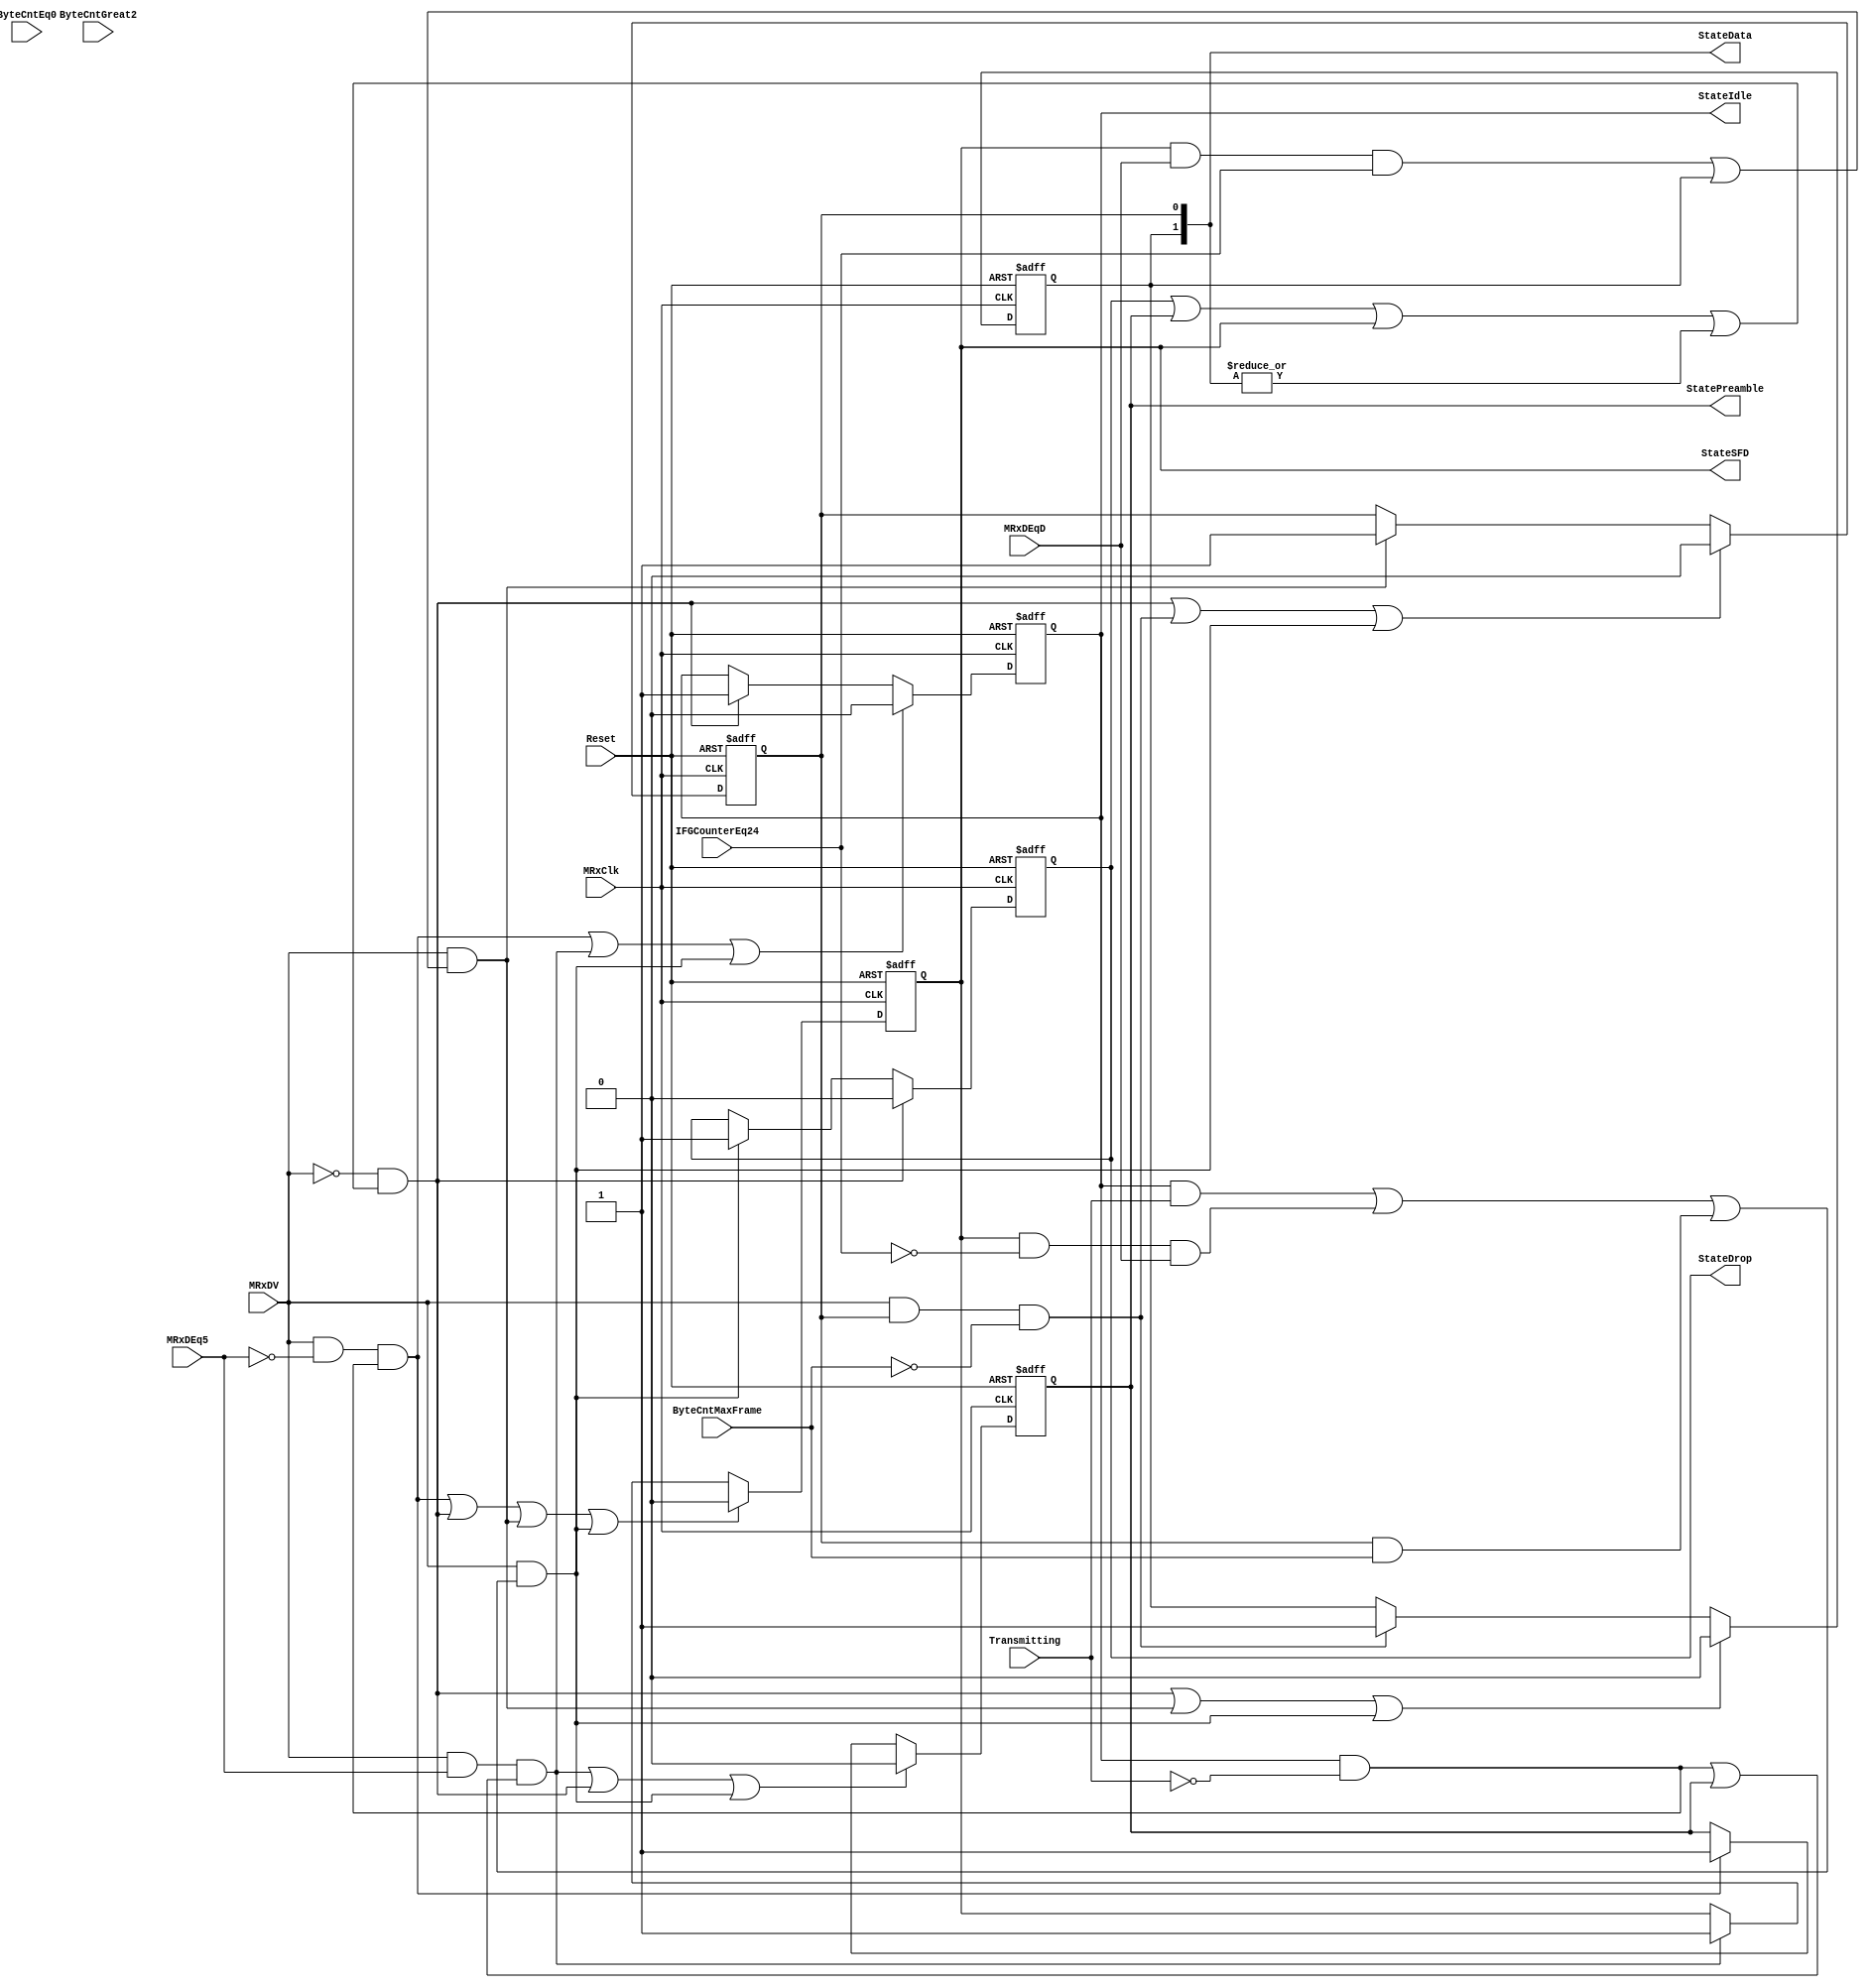
module eth_rxstatem_2 (MRxClk, Reset, MRxDV, ByteCntEq0, ByteCntGreat2, Transmitting, MRxDEq5, MRxDEqD, 
                     IFGCounterEq24, ByteCntMaxFrame, StateData, StateIdle, StatePreamble, StateSFD, 
                     StateDrop
                    );
parameter Tp = 1;
input         MRxClk;
input         Reset;
input         MRxDV;
input         ByteCntEq0;
input         ByteCntGreat2;
input         MRxDEq5;
input         Transmitting;
input         MRxDEqD;
input         IFGCounterEq24;
input         ByteCntMaxFrame;
output [1:0]  StateData;
output        StateIdle;
output        StateDrop;
output        StatePreamble;
output        StateSFD;
reg           StateData0;
reg           StateData1;
reg           StateIdle;
reg           StateDrop;
reg           StatePreamble;
reg           StateSFD;
wire          StartIdle;
wire          StartDrop;
wire          StartData0;
wire          StartData1;
wire          StartPreamble;
wire          StartSFD;
assign StartIdle = ~MRxDV & (StateDrop | StatePreamble | StateSFD | (|StateData));
assign StartPreamble = MRxDV & ~MRxDEq5 & (StateIdle & ~Transmitting);
assign StartSFD = MRxDV & MRxDEq5 & (StateIdle & ~Transmitting | StatePreamble);
assign StartData0 = MRxDV & (StateSFD & MRxDEqD & IFGCounterEq24 | StateData1);
assign StartData1 = MRxDV & StateData0 & (~ByteCntMaxFrame);
assign StartDrop = MRxDV & (StateIdle & Transmitting | StateSFD & ~IFGCounterEq24 &  
			    MRxDEqD |  StateData0 &  ByteCntMaxFrame);
always @ (posedge MRxClk or posedge Reset)
begin
  if(Reset)
    begin
      StateIdle     <=  1'b0;
      StateDrop     <=  1'b1;
      StatePreamble <=  1'b0;
      StateSFD      <=  1'b0;
      StateData0    <=  1'b0;
      StateData1    <=  1'b0;
    end
  else
    begin
      if(StartPreamble | StartSFD | StartDrop)
        StateIdle <=  1'b0;
      else
      if(StartIdle)
        StateIdle <=  1'b1;
      if(StartIdle)
        StateDrop <=  1'b0;
      else
      if(StartDrop)
        StateDrop <=  1'b1;
      if(StartSFD | StartIdle | StartDrop)
        StatePreamble <=  1'b0;
      else
      if(StartPreamble)
        StatePreamble <=  1'b1;
      if(StartPreamble | StartIdle | StartData0 | StartDrop)
        StateSFD <=  1'b0;
      else
      if(StartSFD)
        StateSFD <=  1'b1;
      if(StartIdle | StartData1 | StartDrop)
        StateData0 <=  1'b0;
      else
      if(StartData0)
        StateData0 <=  1'b1;
      if(StartIdle | StartData0 | StartDrop)
        StateData1 <=  1'b0;
      else
      if(StartData1)
        StateData1 <=  1'b1;
    end
end
assign StateData[1:0] = {StateData1, StateData0};
endmodule